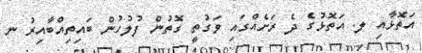
އަތޮޅާއި ލ. އަތޮޅުގެ ދެ ރަށެއްގައި ވަގުތީ ގޮތުން ފުލުހުން ބައިތިއްބާއިރު ނ